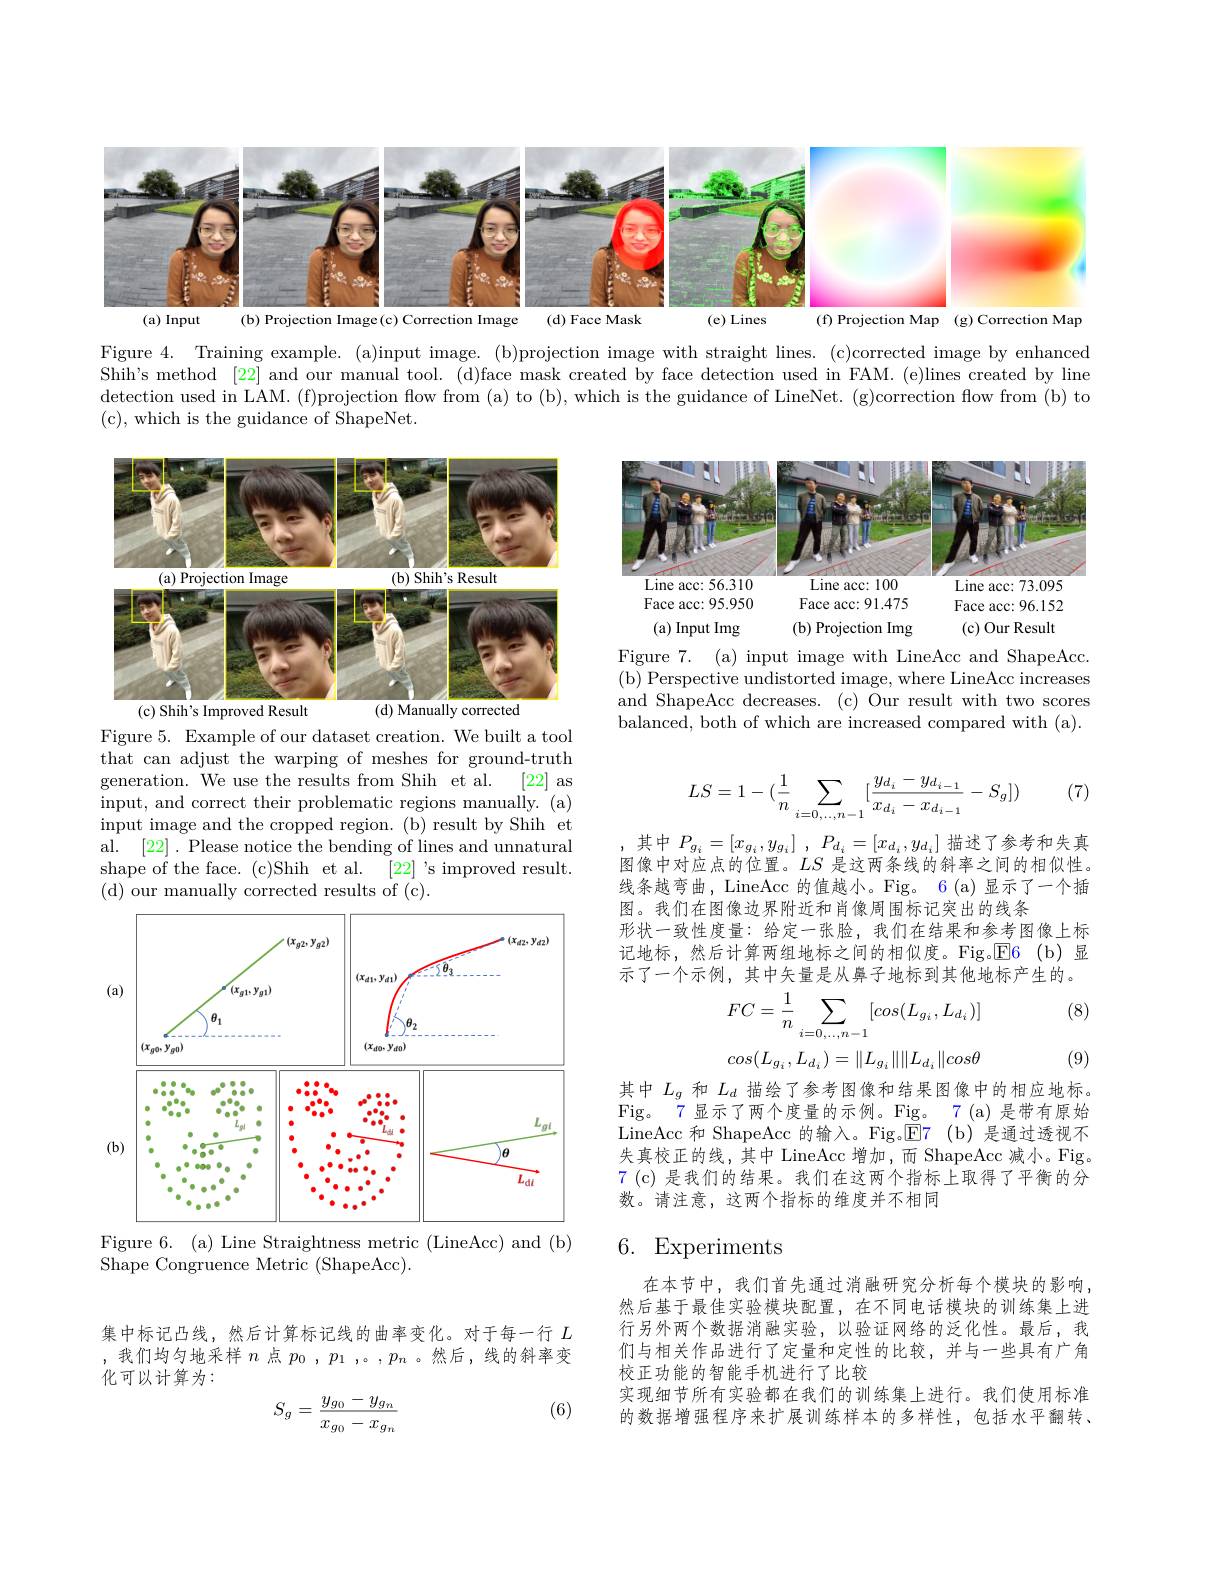
<FigureHere>

Figure 4. Training example. (a)input image. (b)projection image with straight lines. (c)corrected image by enhanced Shih's method [22] and our manual tool. (d)face mask created by face detection used in FAM. (e)lines created by line detection used in LAM. (f)projection flow from (a) to (b), which is the guidance of LineNet. (g)correction flow from (b) to ( c) , which is the guidance of ShapeNet.

<FigureHere>

<FigureHere>

Figure 7. (a) input image with LineAcc and ShapeAcc. ( b) Perspective undistorted image, where LineAcc increases and ShapeAcc decreases. (c) Our result with two scores balanced, both of which are increased compared with (a).

(7)
$$LS=1-(\dfrac{1}{n}\sum_{i=0,...,n-1}[\dfrac{y_{d_i}-y_{d_{i-1}}}{x_{d_i}-x_{d_{i-1}}}-S_g])$$
Figure 5. Example of our dataset creation. We built a tool that can adjust the warping of meshes for ground-truth generation. We use the results from Shih et al.
[22] as
input, and correct their problematic regions manually. (a) input image and the cropped region. (b) result by Shih et al. [22]. Please notice the bending of lines and unnatural shape of the face. (c)Shih et al. [22] 's improved result. (d) our manually corrected results of (c).

,其中$P_g_i=[x_{g_i},y_{g_i}]\:,\:P_{d_i}=[x_{d_i},y_{d_i}]$描述了参考和失真图像中对应点的位置。$LS$是这两条线的斜率之间的相似性。线条越弯曲，LineAcc 的值越小。Fig。6(a)显示了一个插图。我们在图像边界附近和肖像周围标记突出的线条
形状一致性度量：给定一张脸，我们在结果和参考图像上标记地标，然后计算两组地标之间的相似度。Fig。$\color{red}{\mathrm{E6}}\:\mathrm{(b)}$显示了一个示例，其中矢量是从鼻子地标到其他地标产生的。
$$FC=\frac{1}{n}\sum_{i=0,\ldots,n-1}[cos(L_{g_{i}},L_{d_{i}})]\\cos(L_{g_{i}},L_{d_{i}})=\|L_{g_{i}}\|\|L_{d_{i}}\|cos\theta $$
<FigureHere>

(8)

(9)

Figure 6. (a) Line Straightness metric (LineAcc) and (b)

其中$L_g$和$L_d$描绘了参考图像和结果图像中的相应地标。Fig。7 显示了两个度量的示例。Fig。7 (a) 是带有原始LineAcc 和 ShapeAcc 的输入。Fig。$\boxed{\mathrm{E} }7$ (b) 是通过透视不失真校正的线，其中 LineAcc 增加，而 ShapeAcc 减小。Fig。7(c)是我们的结果。我们在这两个指标上取得了平衡的分数。请注意，这两个指标的维度并不相同

# 6. Experiments

Shape Congruence Metric (ShapeAcc).

在本节中，我们首先通过消融研究分析每个模块的影响， 然后基于最佳实验模块配置，在不同电话模块的训练集上进行另外两个数据消融实验，以验证网络的泛化性。最后，我们与相关作品进行了定量和定性的比较，并与一些具有广角校正功能的智能手机进行了比较
实现细节所有实验都在我们的训练集上进行。我们使用标准的数据增强程序来扩展训练样本的多样性，包括水平翻转、

集中标记凸线，然后计算标记线的曲率变化。对于每一行$L$ ,我们均匀地采样$n$点$p_0,p_1$,。$,p_n$ 。然后，线的斜率变化可以计算为：
$$S_g=\frac{y_{g_0}-y_{g_n}}{x_{g_0}-x_{g_n}}$$
(6)